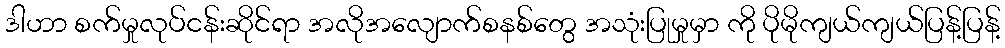
ဒါဟာ စက်မှုလုပ်ငန်းဆိုင်ရာ အလိုအလျောက်စနစ်တွေ အသုံးပြုမှုမှာ ကို ပိုမိုကျယ်ကျယ်ပြန့်ပြန့်